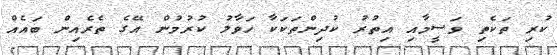
ކުރި ތަކެތި ވަސީމާއި އިތުރު ކުދިންތަކަކާ ހަވާލު ކުރުމުން އޭގެ ތެރެއިން ބައެއް